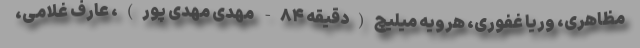
مظاهری، وریا غفوری، هرویه میلیچ(دقیقه ۸۴- مهدی مهدی پور)، عارف غلامی،